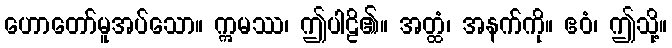
ဟောတော်မူအပ်သော။ ဣမဿ၊ ဤပါဠိ၏။ အတ္ထံ၊ အနက်ကို။ ဧဝံ၊ ဤသို့။